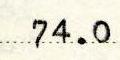
74.0